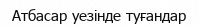
Атбасар уезінде туғандар